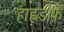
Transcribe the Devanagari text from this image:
हाह्नडोर्फ़